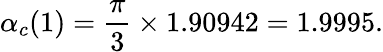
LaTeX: \alpha_{c}(1)={\frac{\pi}{3}}\times 1.90942=1.9995.